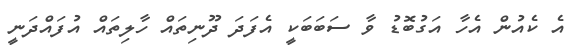
އެ ކެއުން އެހާ އަގުބޮޑު ވާ ސަބަބަކީ އެފަދަ ދޫނިތައް ހާލިތައް އުފައްދަނީ